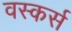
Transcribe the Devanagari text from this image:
वस्कर्स